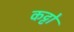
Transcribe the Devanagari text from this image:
कट्टो